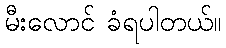
မီးလောင် ခံရပါတယ်။